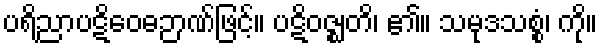
ပရိညာပဋိဝေဓဉာဏ်ဖြင့်။ ပဋိဝဇ္ဈတိ၊ ၏။ သမုဒသစ္စံ၊ ကို။